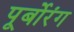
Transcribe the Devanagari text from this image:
पूर्बोरंग